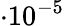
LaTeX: \cdot 10^{-5}